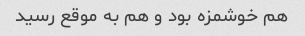
هم خوشمزه بود و هم به موقع رسید